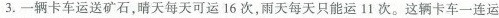
3、一辆卡车运送矿石，晴天每天可运16次，雨天每天只能运11次。这辆卡车一连运